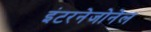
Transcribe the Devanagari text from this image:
इंटरनेजोनेल